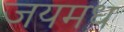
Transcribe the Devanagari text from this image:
जयमध